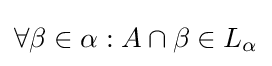
\forall \beta \in \alpha :A\cap \beta \in L_{\alpha }